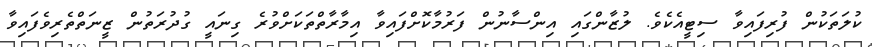
ކުލަތަކުން ފުރިފައިވާ ސިޓީއެކެވެ. ލުޒާންގައި އިންސާނުން ފަރުމާކޮށްފައިވާ އިމާރާތްތަކަށްވުރެ ގިނައީ ގުދުރަތުން ޒީނަތްތެރިވެފައިވާ